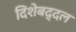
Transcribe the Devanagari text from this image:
दिशेबद्दल